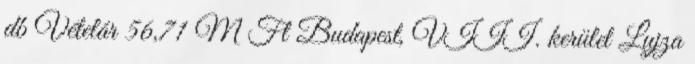
db Vételár 56,71 M Ft Budapest, VIII. kerület Lujza